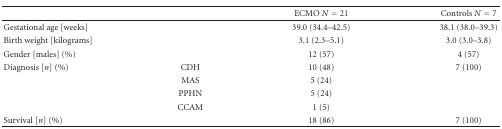
<table><thead><tr><td></td><td></td><td><b>ECMO <i>N</i> = 21</b></td><td><b>Controls <i>N</i> = 7</b></td></tr></thead><tbody><tr><td>Gestational age [weeks]</td><td></td><td>39.0 (34.4–42.5)</td><td>38.1 (38.0–39.3)</td></tr><tr><td>Birth weight [kilograms]</td><td></td><td>3.1 (2.3–5.1)</td><td>3.0 (3.0–3.8)</td></tr><tr><td>Gender [males] (%)</td><td></td><td>12 (57)</td><td>4 (57)</td></tr><tr><td>Diagnosis [<i>n</i>] (%)</td><td>CDH</td><td>10 (48)</td><td>7 (100)</td></tr><tr><td rowspan="3"></td><td>MAS</td><td>5 (24)</td></tr><tr><td>PPHN</td><td>5 (24)</td></tr><tr><td>CCAM</td><td>1 (5)</td></tr><tr><td>Survival [<i>n</i>] (%)</td><td></td><td>18 (86)</td><td>7 (100)</td></tr></tbody></table>